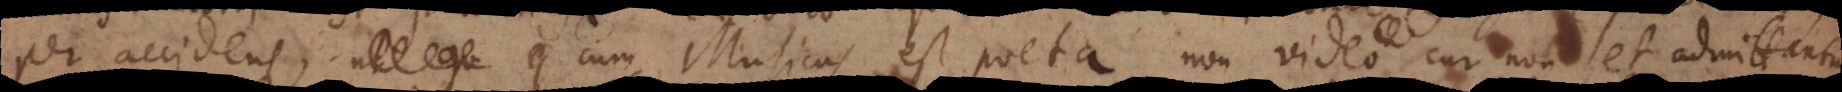
per accidens, cum Musicus est poeta, non video cur non et admittant